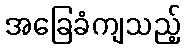
အခြေခံကျသည့်